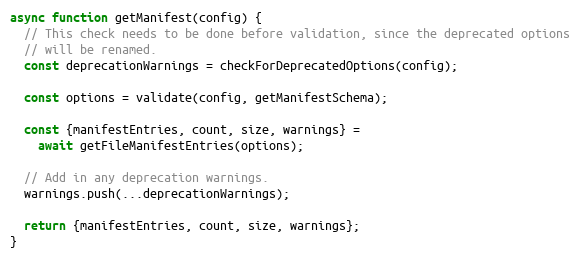
Language: JavaScript
async function getManifest(config) {
  // This check needs to be done before validation, since the deprecated options
  // will be renamed.
  const deprecationWarnings = checkForDeprecatedOptions(config);

  const options = validate(config, getManifestSchema);

  const {manifestEntries, count, size, warnings} =
    await getFileManifestEntries(options);

  // Add in any deprecation warnings.
  warnings.push(...deprecationWarnings);

  return {manifestEntries, count, size, warnings};
}